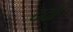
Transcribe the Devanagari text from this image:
दर्दा